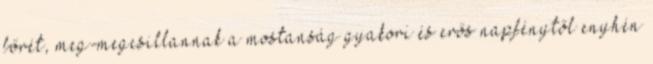
bőrét, meg-megcsillannak a mostanság gyakori és erős napfénytől enyhén